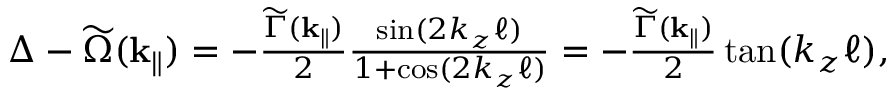
\begin{array} { r } { \Delta - \widetilde \Omega ( \mathbf { k } _ { \parallel } ) = - \frac { \widetilde \Gamma ( { \mathbf { k } _ { \parallel } } ) } { 2 } \frac { \sin ( 2 k _ { z } \ell ) } { 1 + \cos ( 2 k _ { z } \ell ) } = - \frac { \widetilde \Gamma ( { \mathbf { k } _ { \parallel } } ) } { 2 } \tan ( k _ { z } \ell ) , } \end{array}